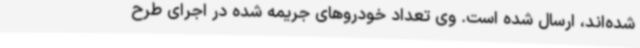
شده‌اند، ارسال شده است. وی تعداد خودروهای جریمه شده در اجرای طرح